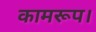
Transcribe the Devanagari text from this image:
कामरूप।